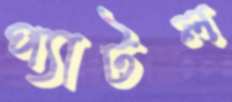
প্যাটল